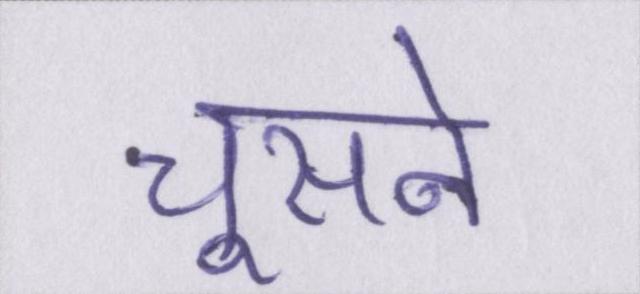
चूसने